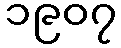
၁၉၀၇